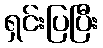
ရှင်းပြပြီး